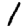
Digit: 1